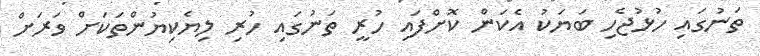
ތަނުގައި ހުޅުޖެހި ބަޔަކު އެކަން ކޮށްފައި ހުރީ ތަނުގައި ހުރި ލިޔެކިޔުންތަކަށް ވަރަށް